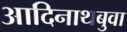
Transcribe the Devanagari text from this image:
आदिनाथबुवा